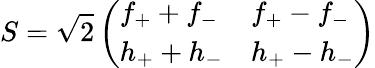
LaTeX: S=\sqrt{2}\left(\begin{array}{ll}{{f_{+}+f_{-}}}&{{f_{+}-f_{-}}}\\ {{h_{+}+h_{-}}}&{{h_{+}-h_{-}}}\end{array}\right)